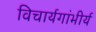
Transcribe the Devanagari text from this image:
विचार्यगांभीर्य